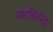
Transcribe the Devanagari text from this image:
नारकिन्दि